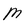
Character: M